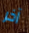
آخر